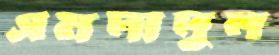
এমদাদুল